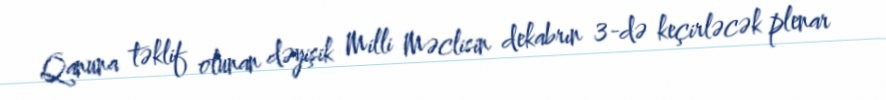
Qanuna təklif olunan dəyişik Milli Məclisin dekabrın 3-də keçirləcək plenar